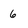
Character: 6